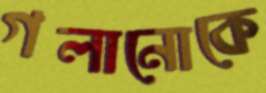
গলানোকে